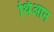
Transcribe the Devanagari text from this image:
थिआन